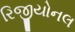
રિજીયોનલ